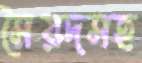
সৈয়দসহ